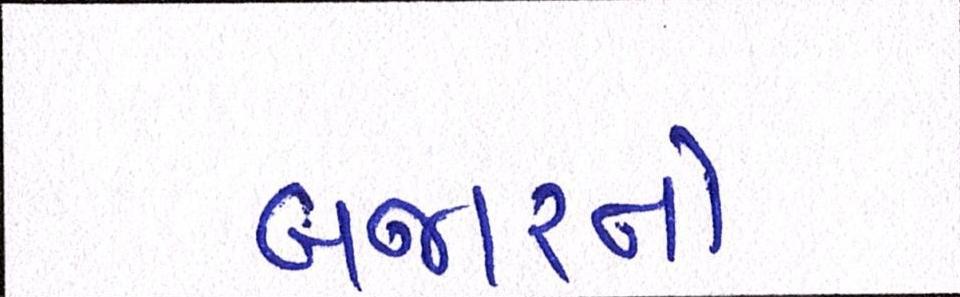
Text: બજારનો